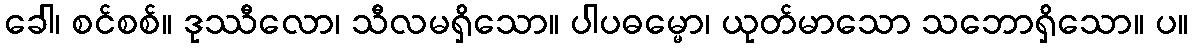
ခေါ၊ စင်စစ်။ ဒုဿီလော၊ သီလမရှိသော။ ပါပဓမ္မော၊ ယုတ်မာသော သဘောရှိသော။ ပ။